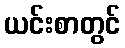
ယင်းစာတွင်